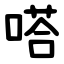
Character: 嗒